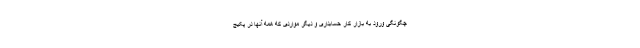
چگونگی ورود به بازار کار حسابداری و دیگر مواردی که همه آنها در پکیج